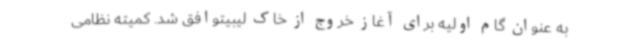
به عنوان گام اولیه برای آغاز خروج از خاک لیبیتوافق شد. کمیته نظامی